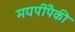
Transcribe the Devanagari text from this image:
मद्यपींपैकी